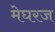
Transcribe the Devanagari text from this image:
मेघरज